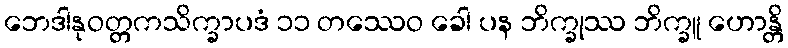
ဘေဒါနုဝတ္တကသိက္ခာပဒံ ၁၁ တဿေဝ ခေါ ပန ဘိက္ခုဿ ဘိက္ခူ ဟောန္တိ